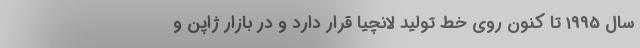
سال 1995 تا کنون روی خط تولید لانچیا قرار دارد و در بازار ژاپن و